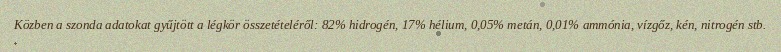
Közben a szonda adatokat gyűjtött a légkör összetételéről: 82% hidrogén, 17% hélium, 0,05% metán, 0,01% ammónia, vízgőz, kén, nitrogén stb.